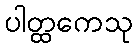
ပါတ္ထကေသု